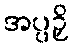
အပ္ပဉှိ